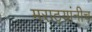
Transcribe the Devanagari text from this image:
मराठ्यांनीच